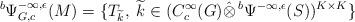
LaTeX: \begin{align*}{}^b \Psi^{-\infty,\epsilon}_{G,c}(M)=\{T_{\widetilde{k}},\; \widetilde{k}\in(C^\infty_c (G)\hat{\otimes}\, {}^b\Psi^{-\infty,\epsilon}(S))^{K\times K}\}\end{align*}